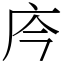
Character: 庈